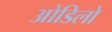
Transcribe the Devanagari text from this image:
ओडिलो